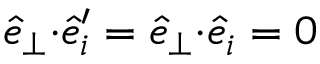
\hat { e } _ { \perp } { \cdot } \hat { e } _ { i } ^ { \prime } = \hat { e } _ { \perp } { \cdot } \hat { e } _ { i } = 0